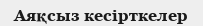
Аяқсыз кесірткелер